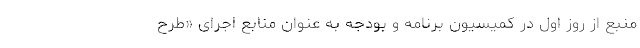
منبع از روز اول در کمیسیون برنامه و بودجه به عنوان منابع اجرای «طرح